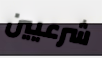
شرعيين